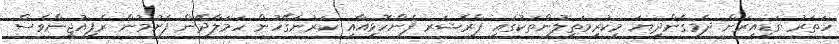
ހަތަރު ގަޑިއިރަށް ދެމިގެންދިޔަ މިކުރިމަތިލުންތަކުގައި ޕްރެޝަރ ފެންހޮޅިއާއި ކަރުނަގޭހުން ހަމަލާދޭން ފެށުމުން ރެފިއުޖީންވެސް